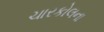
ચારકોલના